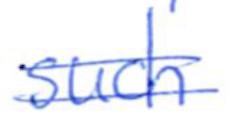
Text: such
Cross-out: double-line
Writing tool: ballpoint